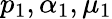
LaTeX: p_{1},\alpha_{1},\mu_{1}